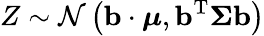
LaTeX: Z\sim{\mathcal{N}}\left(\mathbf{b}\cdot{\boldsymbol{\mu}},\mathbf{b}^{\mathrm{{T}}}{\boldsymbol{\Sigma}}\mathbf{b}\right)